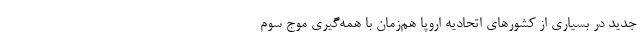
جدید در بسیاری از کشورهای اتحادیه اروپا هم‌زمان با همه‌گیری موج سوم